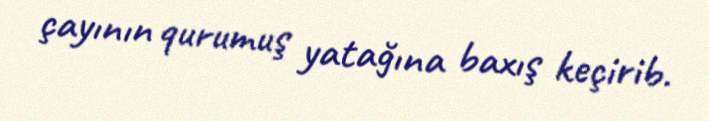
çayının qurumuş yatağına baxış keçirib.